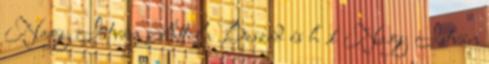
Nagy István Attila Beszéd és h 1 Nagy István